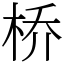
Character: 桥